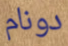
دونام